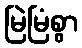
မြဲမြံစွာ